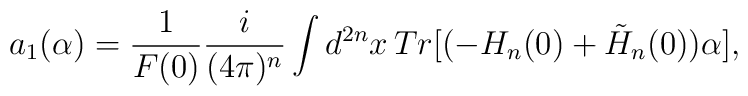
a_1(\alpha)=\frac{1}{F(0)}\frac{i}{(4\pi)^n}\int d^{2n}x \,Tr[(-H_n(0)+\tilde{H}_n(0))\alpha],